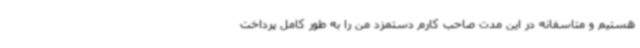
هستیم و متاسفانه در این مدت صاحب کارم دستمزد من را به طور کامل پرداخت